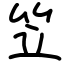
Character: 笠